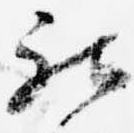
被